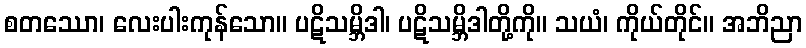
စတဿော၊ လေးပါးကုန်သော။ ပဋိသမ္ဘိဒါ၊ ပဋိသမ္ဘိဒါတို့ကို။ သယံ၊ ကိုယ်တိုင်။ အဘိညာ